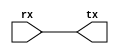
module testSerial(output tx, input rx);
  assign tx = rx;
endmodule